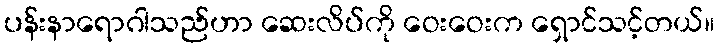
ပန်းနာရောဂါသည်ဟာ ဆေးလိပ်ကို ဝေးဝေးက ရှောင်သင့်တယ်။